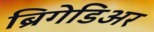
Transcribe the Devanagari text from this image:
ब्रिगेडिअर